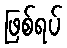
ဖြစ်ရပ်